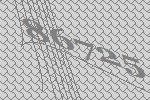
86725